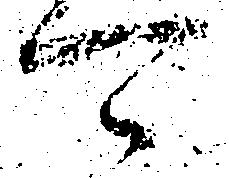
可